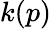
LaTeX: k(p)